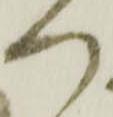
つ